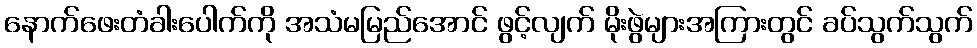
နောက်ဖေးတံခါးပေါက်ကို အသံမမြည်အောင် ဖွင့်လျက် မိုးဖွဲများအကြားတွင် ခပ်သွက်သွက်